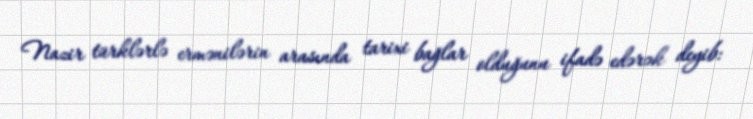
Nazir türklərlə ermənilərin arasında tarixi bağlar olduğunu ifadə edərək deyib: